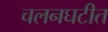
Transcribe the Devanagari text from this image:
चलनघटीत